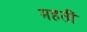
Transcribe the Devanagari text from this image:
महतीं